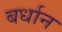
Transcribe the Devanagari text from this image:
बर्धान